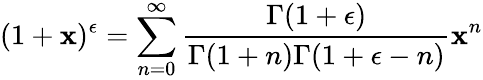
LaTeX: (1+\mathbf{x})^{\epsilon}=\sum_{n=0}^{\infty}\frac{{\Gamma(1+\epsilon)}}{{\Gamma(1+n)\Gamma(1+\epsilon-n)}}\mathbf{x}^{n}